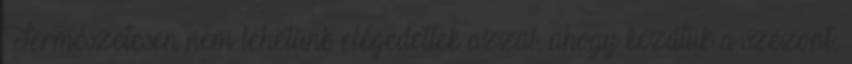
Természetesen nem lehetünk elégedettek azzal, ahogy kezdtük a szezont: